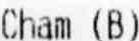
CHAM (B)